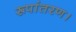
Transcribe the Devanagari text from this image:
रूपांतरण।